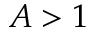
A > 1